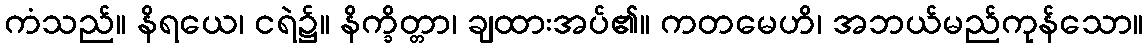
ကံသည်။ နိရယေ၊ ငရဲ၌။ နိက္ခိတ္တာ၊ ချထားအပ်၏။ ကတမေဟိ၊ အဘယ်မည်ကုန်သော။